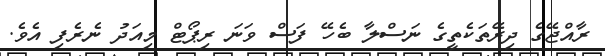
ރާއްޖޭގެ ދިރޭތަކެތީގެ ނަސްލާ ބެހޭ ފަސް ވަނަ ރިޕޯޓް މިއަދު ނެރެފި އެވެ.